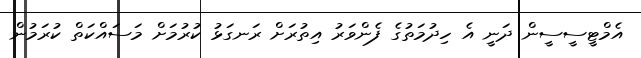
އެމްޓީސީސީން ދަނީ އެ ހިދުމަތުގެ ފެންވަރު އިތުރަށް ރަނގަޅު ކުރުމަށް މަސައްކަތް ކުރަމުން